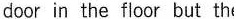
doorin the floor but the